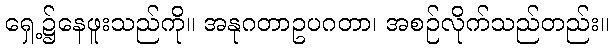
ရှေ့၌နေဖူးသည်ကို။ အနုဂတာဥပဂတာ၊ အစဉ်လိုက်သည်တည်း။